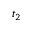
t _ { 2 }